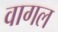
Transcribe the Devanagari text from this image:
वागल